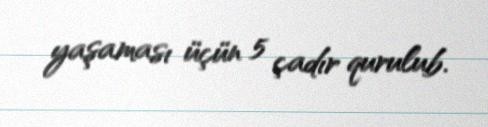
yaşaması üçün 5 çadır qurulub.